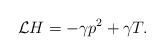
LaTeX: \begin{align*} \mathcal{L} H = - \gamma p^2 + \gamma T.\end{align*}